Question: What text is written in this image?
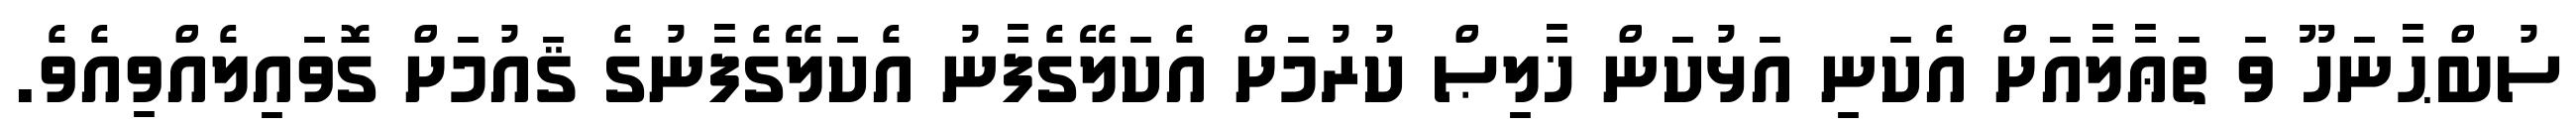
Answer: ސުބްޙާނަހޫ ވަ ތަޢާލާއަށް އެކަނި އަޅުކަން ޚާލިޞް ކުރުމަށް އެކަލޭގެފާނު އެކަލޭގެފާނުގެ ޤައުމަށް ގޮވައިލެއްވިއެވެ.